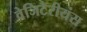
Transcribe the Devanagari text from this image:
वेजिटेरीयंस